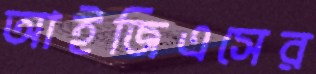
আইজিএসের